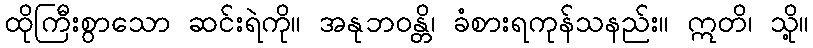
ထိုကြီးစွာသော ဆင်းရဲကို။ အနုဘဝန္တိ၊ ခံစားရကုန်သနည်း။ ဣတိ၊ သို့။